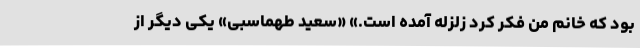
بود که خانم من فکر کرد زلزله آمده است.» «سعید طهماسبی» یکی دیگر از